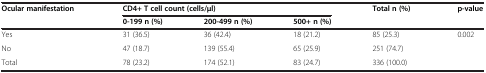
<table><thead><tr><td rowspan="2"><b>Ocular manifestation</b></td><td colspan="3"><b>CD4+ T cell count (cells/μl)</b></td><td rowspan="2"><b>Total n (%)</b></td><td rowspan="2"><b>p-value</b></td></tr><tr><td><b>0-199 n (%)</b></td><td><b>200-499 n (%)</b></td><td><b>500+ n (%)</b></td></tr></thead><tbody><tr><td>Yes</td><td>31 (36.5)</td><td>36 (42.4)</td><td>18 (21.2)</td><td>85 (25.3)</td><td>0.002</td></tr><tr><td>No</td><td>47 (18.7)</td><td>139 (55.4)</td><td>65 (25.9)</td><td>251 (74.7)</td><td> </td></tr><tr><td>Total</td><td>78 (23.2)</td><td>174 (52.1)</td><td>83 (24.7)</td><td>336 (100.0)</td><td> </td></tr></tbody></table>